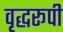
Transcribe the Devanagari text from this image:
वृद्धरूपी